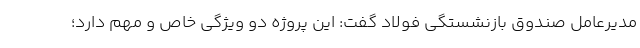
مدیرعامل صندوق بازنشستگی فولاد گفت: این پروژه دو ویژگی خاص و مهم دارد؛